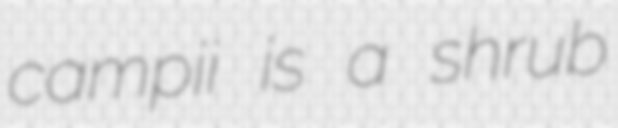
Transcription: campii is a shrub